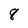
Character: 8